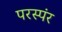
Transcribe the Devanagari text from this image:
परस्पंर